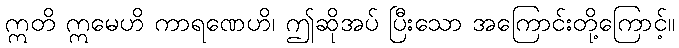
ဣတိ ဣမေဟိ ကာရဏေဟိ၊ ဤဆိုအပ် ပြီးသော အကြောင်းတို့ကြောင့်။